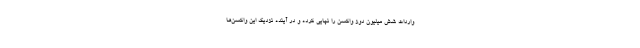
واردات شش میلیون دوز واکسن را نهایی کرده و در آینده نزدیک این واکسن‌ها